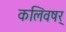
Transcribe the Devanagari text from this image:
कलिवषर्